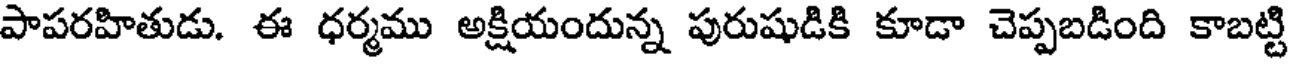
పాపరహితుడు. ఈ ధర్మము అక్షియందున్న పురుషుడికి కూడా చెప్పబడింది కాబట్టి